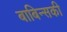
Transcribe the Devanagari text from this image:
बाबिन्सकी